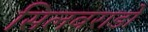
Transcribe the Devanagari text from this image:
सिलवराडो